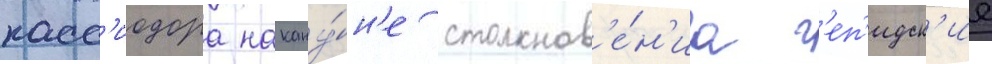
касс'иодора накану́н'е столкнов'е́н'иа г'еп'идск'ие